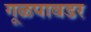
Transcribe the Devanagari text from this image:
गूळपावडर